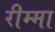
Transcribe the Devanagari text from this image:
रीम्मा